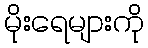
မိုးရေများကို